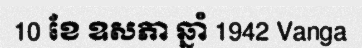
10 ខែ ឧសភា ឆ្នាំ 1942 Vanga